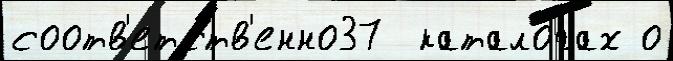
соотв'етств'енно37  катало́гах о